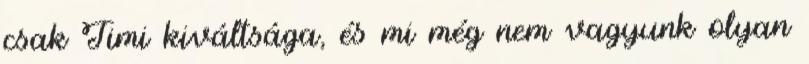
csak Timi kiváltsága, és mi még nem vagyunk olyan